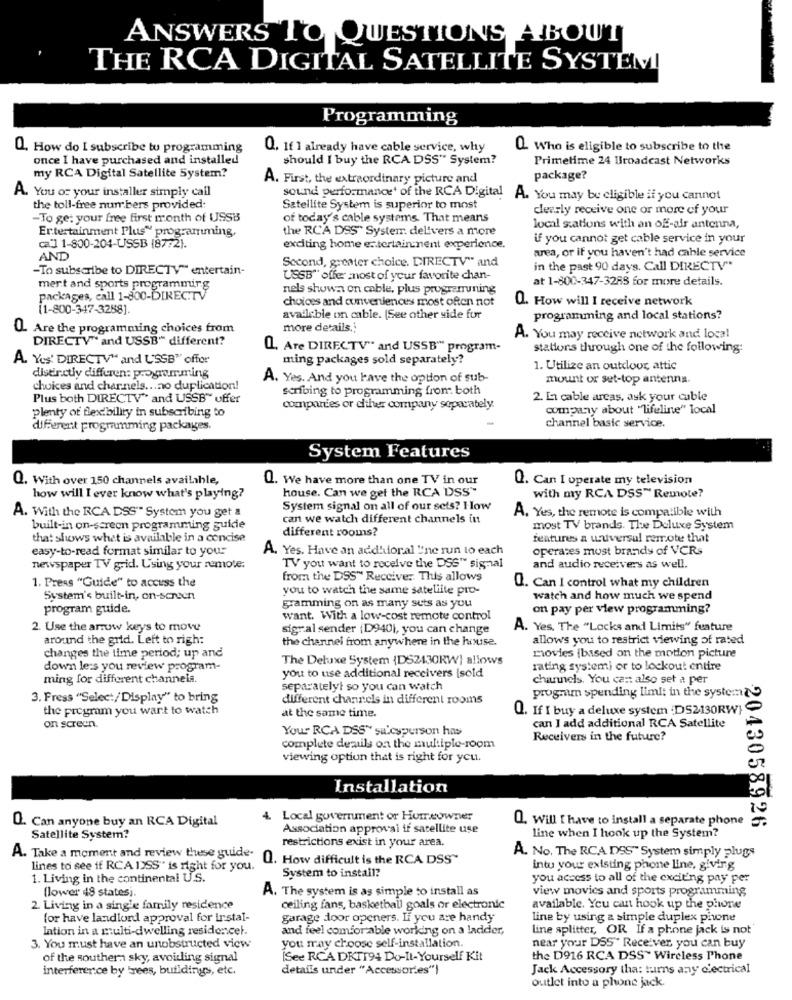
ANSWERS TO QUESTIONS ABOUT
THE RCA DIGITAL SATELLITE SYSTEMI
Programming
Q. How do I subscribe tu programming
Q. If 1 already have cable service, why
Q. Who is eligible to subscribe to the
once I have purchased and installed
should I buy the RCA DSS" System?
Primetime 24 Broadcast Networks
my RCA Digital Satellite System?
A. First, the extraordinary picture and
package?
A. You or your installer simply call
sound performance' of the RCA Digital A. You may be eligible if you cannot
the toll-free numbers provided:
Satellite System is superior to most
dearly receive one or more of your
-To ge: your free first month of USSB
of today's cable systems. That means
Entertainment Plus" programming,
the RCA DSS" System delivers a more
local sations with an off-air antenna,
if you cannot get cable service in your
ca"] 1-800-204-USSB (87:2).
exciting home entertainment experience.
area, or if you haven't had cable service
AND
Second, greater choice. DIRECTV" and
-To subscribe to DIRECTV" entertain-
in the past 90 days. Call DIRECTV""
USSB" offer most of your favorite chan-
mert and sports programming
nels shown on cable, plus programuning
at 1-800-347-3285 for more details.
packages, call 1-800-DIRECTV
choices and conveniences most often not
Q. How will I receive network
[1-800-347-3288].
available on cable. (See other side for
programming and local stations?
Q. Are the programming choices from
more details.
DIRECTV" and USSB" different?
A. You may receive network and local
Q. Are DIRECTV" and USSB" program-
stations through one of the following:
A. Yes' DIRECTV" and USSB" offor
ming packages sold separately?
1. Utilize an outdoor, attic
distinctly differen: programming
A. Yes. And you have the option of sub-
mount or set-top antenna.
choices and charnels ... no duplication!
scribing to programming from both
Plus both DIRECTV" and USSB" offer
2. La cable areas, ask your cable
compartes or either company separately.
company about "lifeline" local
plenty of flexibility in subscribing to
channel basic service.
diFerent programming packages.
System Features
Q. With over 150 channels available,
Q. We have more than one TV in our
Q. Can I operate my television
house. Can we get the RCA DSS"
how will I ever know what's playing?
with my RCA DSS" Remote?
System signal on all of our sets? How
A. With the RCA DSS" System you get a
can we watch different channels in
A. Yes, the remote is compatible with
built-in on-screen programming guide
different rooms?
most TV brands. The Deluxe System
that shows what is available in a concise
features a wuversal remote that
easy-to-read format similar to you:
A. Yes. Have an addhioral "ne run to each
operates must brands of VCRs
newspaper TV grid. Using your remote.
TV you want to receive the DSS" signal
and audio receivers as well.
1. Press "Guide" to access the
from the DSS" Receiver This allows
you to watch the same satellite pro-
Q. Can I control what my children
System's built-in, on-screen
watch and how much we spend
program guide.
Bramming on as many sets as you
on pay per view programming?
want. With a low-cost remote control
2. Use the arrow keys to move
signal sender (D940), you can change
A. Yes, The "Locks and Limits" feature
around the grid. Left to righ:
the channel from anywhere in the house.
allows you to restrict viewing of rated
movies (based on the motion picture
changes the time period; up and
The Deluxe System (DS2430RW] allows
down les you review program-
rating system) or to lockout entire
ming for different channels.
you to use additional receivers |sold
channels. You can also set a per
separatelyl so you can watch
program spending limit in the system
3. Fress "Selec:/Display" to bring
different channels in different rooms
the program you want to watch
Q. If I buy a deluxe system :D52130RW
at the same time.
on screen.
Your RCA DSS" salesperson has
can I add additional RCA Satellite
Receivers in the future?
complete deals on the multiple-room
viewing option that is right for you.
Installation
Q. Can anyone buy an RCA Digital
. Local government or Homeowner
O. Will I have to install a separate phone .
Association approval if satellite use
2043058926
Satellite System?
restrictions exist in your area.
line when I hook up the System?
A. No. The RCA DSS" System simply plugs
A. Take a moment and review these guide-
Q. How difficult is the RCA DSS"
lines to see if RCA I>SS" is right for you.
System to install?
intu your existing phone line, giving
1. Living in the continental U.S.
you access to all of the exciting pay per
(lower 48 states)
A. The system is as simple to install as
view movies and sports programming
2. Living in a single family residence
ceiling fans, basketball goals or electronic
available. You can hook up the phone
for have landlord approval for instal-
garage door openers. If you are handy
line by using a simple duplex phone
Iation in a multi-dwelling residencel.
and feel comfortable working on a ladder,
line splitter, OR If a phone jack is not
3. You must have an unobstructed view
you may choose self-installation.
near your DSS" Receiver you can buy
of the southern sky, avoiding signal
[See RCA DKI194 Do-It-Yourself Kit
the D916 RCA DSS" Wireless Phone
interference by Trees, buildings, etc.
details under "Accessories")
Jack Accessory tha: turns any clectrical
outlet into a phone jack.